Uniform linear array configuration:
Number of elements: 24
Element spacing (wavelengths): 0.5
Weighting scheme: kaiser
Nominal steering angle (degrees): -45
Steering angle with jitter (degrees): -43.65
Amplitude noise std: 0.05
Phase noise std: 0.05

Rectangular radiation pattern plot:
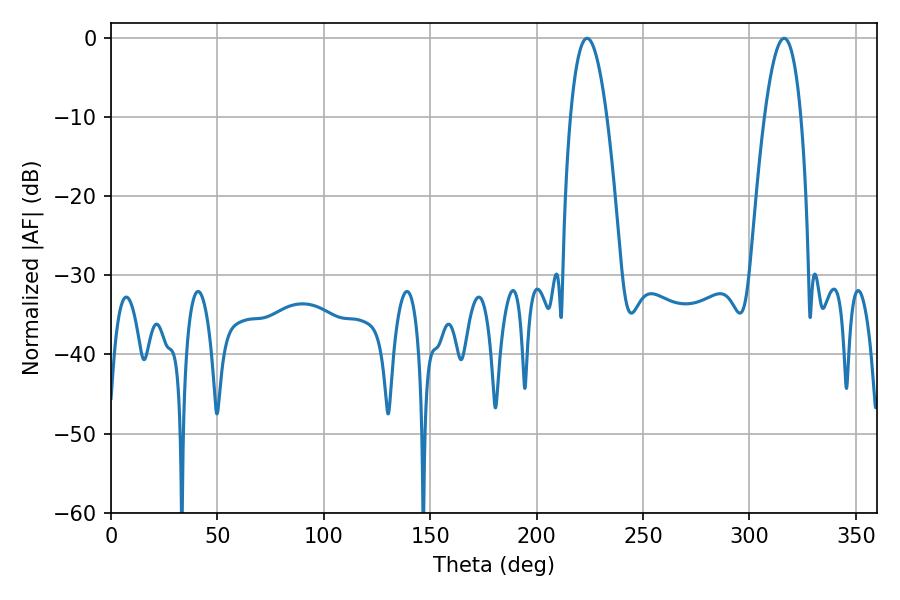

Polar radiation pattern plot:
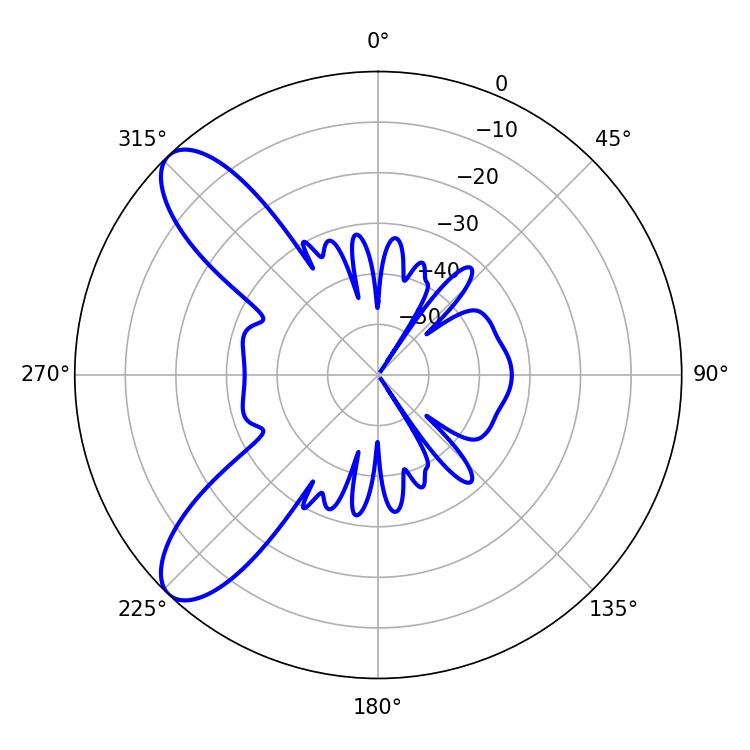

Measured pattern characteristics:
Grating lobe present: FALSE
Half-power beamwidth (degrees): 9.36
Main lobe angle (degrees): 316.26